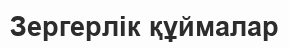
Зергерлік құймалар